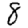
Digit: 8